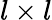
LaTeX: l\times l